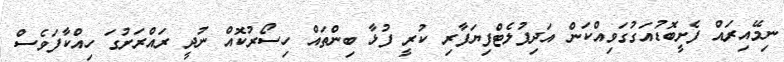
ނިމޭއިރައް ފެށީބޮޑުއަގުގަވިއްކަން އަދިފުލެޓްފިޔަފާރި ކުރީ ފުޅާ ބިންތައް ހިސޯރުކޮއް ނުދީ ރައްރަށުގަ ހިއްކާފަވެސް